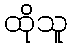
ထိုသူ